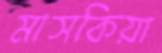
মাসকিয়া